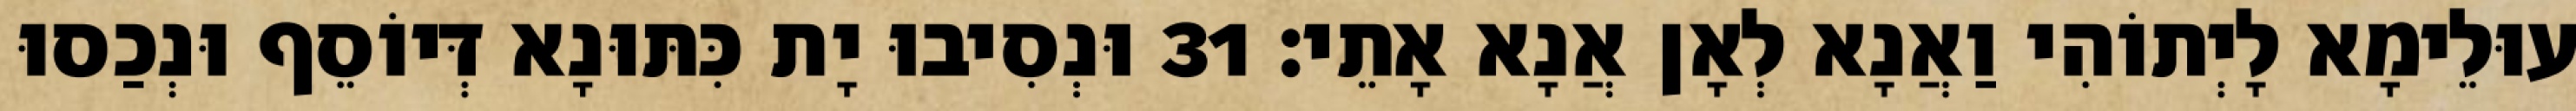
עוּלֵימָא לָיְתוֹהִי וַאֲנָא לְאָן אֲנָא אָתֵי׃ 31 וּנְסִיבוּ יָת כִּתּוּנָא דְּיוֹסֵף וּנְכַסוּ